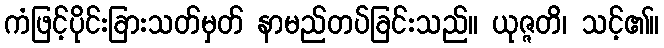
ကံဖြင့်ပိုင်းခြားသတ်မှတ် နာမည်တပ်ခြင်းသည်။ ယုဇ္ဇတိ၊ သင့်၏။